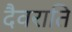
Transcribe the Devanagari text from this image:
दैवराति